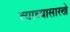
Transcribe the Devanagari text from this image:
त्याच्यासारखे